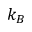
k _ { B }